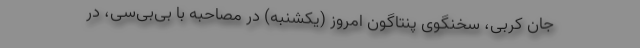
جان کربی، سخنگوی پنتاگون امروز (یکشنبه) در مصاحبه با بی‌بی‌سی، در